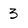
Character: 3